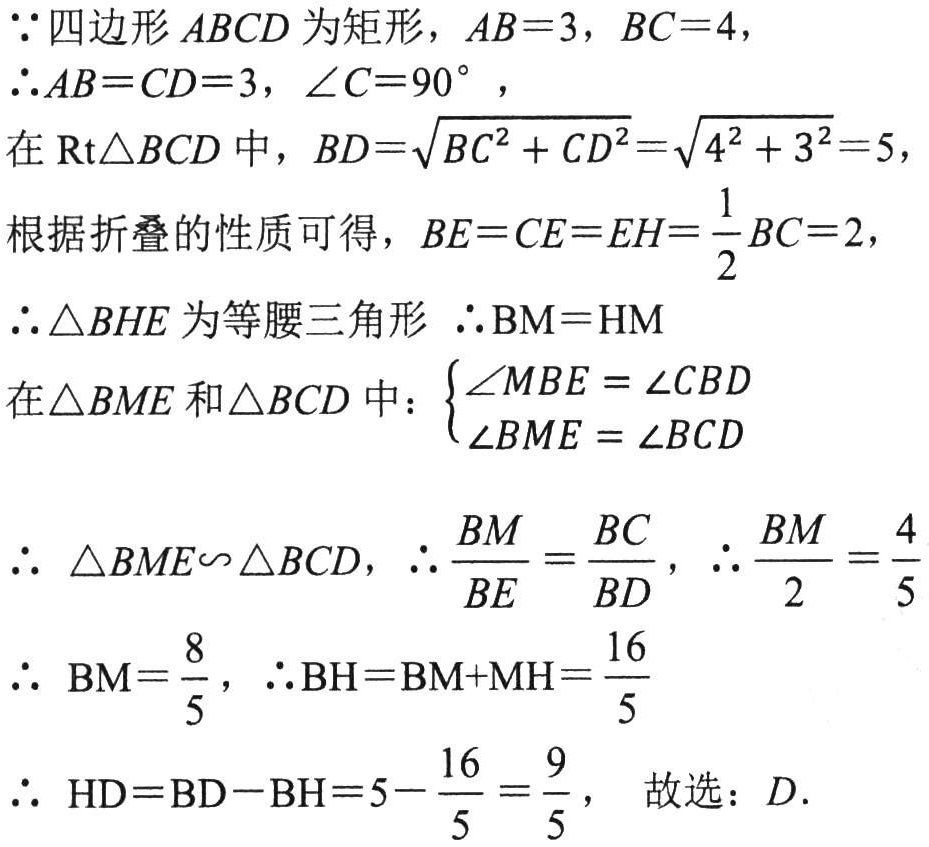
\(\because\)四边形\(ABCD\)为矩形，\(AB = 3\)，\(BC = 4\)，

\(\therefore AB = CD = 3\)，\(\angle C = 90^{\circ}\)，

在\(\text{Rt}\triangle BCD\)中，\(BD = \sqrt{BC^{2}+CD^{2}}=\sqrt{4^{2}+3^{2}} = 5\)，

根据折叠的性质可得，\(BE = CE = EH=\frac{1}{2}BC = 2\)，

\(\therefore\triangle BHE\)为等腰三角形 \(\therefore BM = HM\)

在\(\triangle BME\)和\(\triangle BCD\)中：\(\begin{cases}\angle MBE=\angle CBD\\\angle BME=\angle BCD\end{cases}\)

\(\therefore\) \(\triangle BME\sim\triangle BCD\)，\(\therefore\frac{BM}{BE}=\frac{BC}{BD}\)，\(\therefore\frac{BM}{2}=\frac{4}{5}\)

\(\therefore\) \(BM = \frac{8}{5}\)，\(\therefore BH = BM + MH=\frac{16}{5}\)

\(\therefore\) \(HD = BD - BH = 5-\frac{16}{5}=\frac{9}{5}\)， 故选：\(D\).